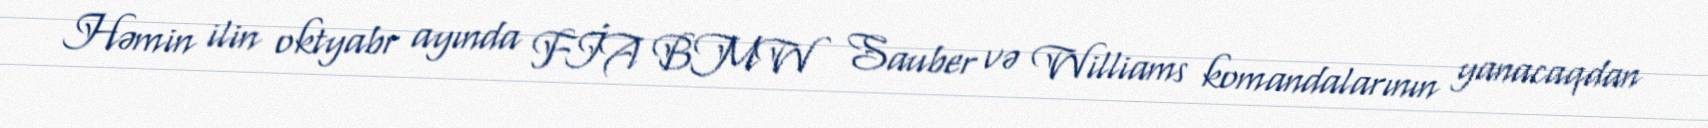
Həmin ilin oktyabr ayında FİA BMW Sauber və Williams komandalarının yanacaqdan